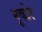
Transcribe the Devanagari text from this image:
मूव्ह्मेंट